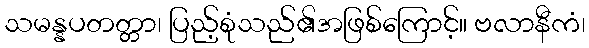
သမန္နပတတ္တာ၊ ပြည့်စုံသည်၏အဖြစ်ကြောင့်။ ဗလာနီကံ၊